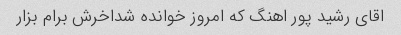
اقای رشید پور اهنگ که امروز خوانده شداخرش برام بزار